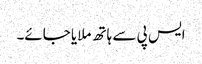
ایس پی سے ہاتھ ملایا جائے۔